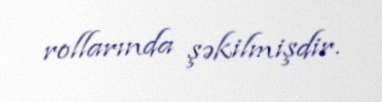
rollarında şəkilmişdir.